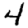
Digit: 4